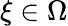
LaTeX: \mathbf\xi\in\Omega